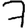
Digit: 7